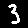
Digit: 3